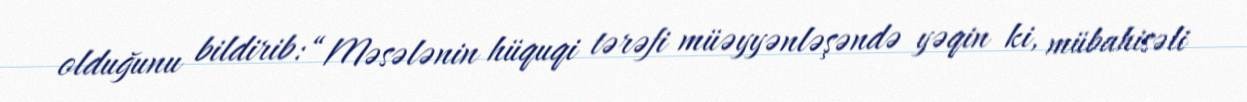
olduğunu bildirib: “Məsələnin hüquqi tərəfi müəyyənləşəndə yəqin ki, mübahisəli